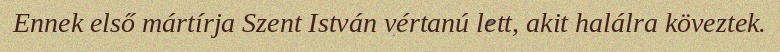
Ennek első mártírja Szent István vértanú lett, akit halálra köveztek.